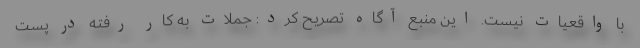
با واقعیات نیست. این منبع آگاه تصریح کرد: جملات به کار رفته در پست